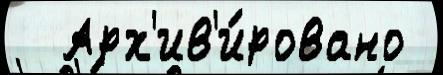
  Арх'ив'и́ровано